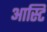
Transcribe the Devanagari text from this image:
आस्टि